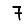
Digit: 7